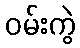
ဝမ်းကွဲ